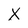
Character: X